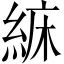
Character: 𦀾